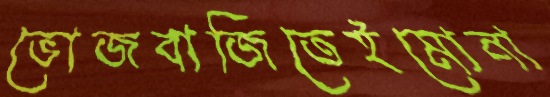
ভোজবাজিতেইমোনা